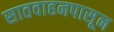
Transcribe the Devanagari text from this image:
सातवाहनपासून